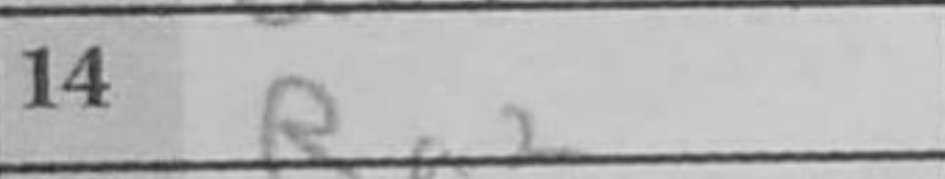
Transcription: Ra2